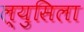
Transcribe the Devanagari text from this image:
ल्युसिला